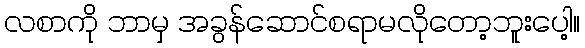
လစာကို ဘာမှ အခွန်ဆောင်စရာမလိုတော့ဘူးပေါ့။